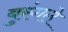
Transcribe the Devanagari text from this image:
बुरंगले